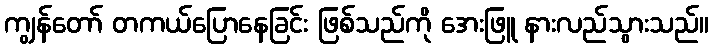
ကျွန်တော် တကယ်ပြောနေခြင်း ဖြစ်သည်ကို အေးဖြူ နားလည်သွားသည်။